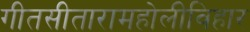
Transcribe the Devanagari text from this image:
गीतसीतारामहोलीविहार